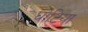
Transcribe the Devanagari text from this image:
घोटिया